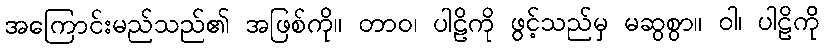
အကြောင်းမည်သည်၏ အဖြစ်ကို။ တာဝ၊ ပါဠိကို ဖွင့်သည်မှ မဆွစွာ။ ဝါ၊ ပါဠိကို